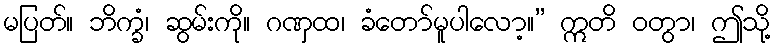
မပြတ်။ ဘိက္ခံ၊ ဆွမ်းကို။ ဂဏှထ၊ ခံတော်မူပါလော့။” ဣတိ ဝတွာ၊ ဤသို့